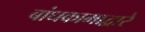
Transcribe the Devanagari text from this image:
बांधकामाद्वारे